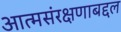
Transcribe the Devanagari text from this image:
आत्मसंरक्षणाबद्दल